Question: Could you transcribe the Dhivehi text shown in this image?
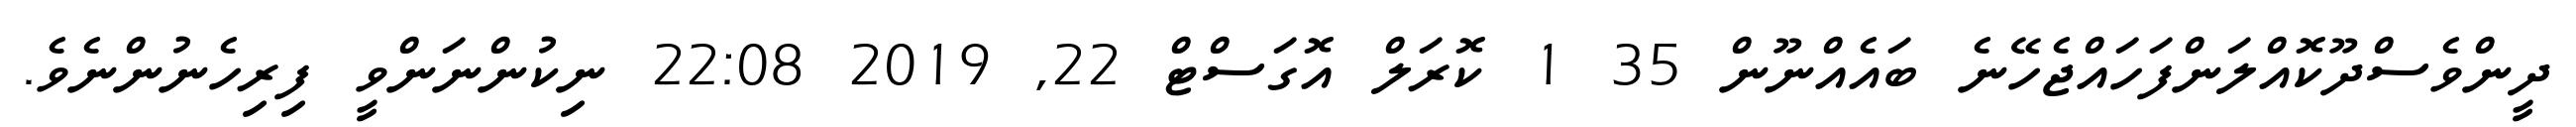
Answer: ދީންވެސްދޫކޮއްލަންފަހައްޖެހޭނެ ބައެއްނޫން 35 1 ކޮރަލް އޮގަސްޓް 22, 2019 22:08 ނިކުންނަންވީ ފިރިހެނުންނެވެ.